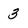
Character: 3